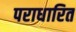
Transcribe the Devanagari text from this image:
पराधारित